Lunatic asylums in Bengal annual reports 1912-1924 - 1912-1924
Year: 1912
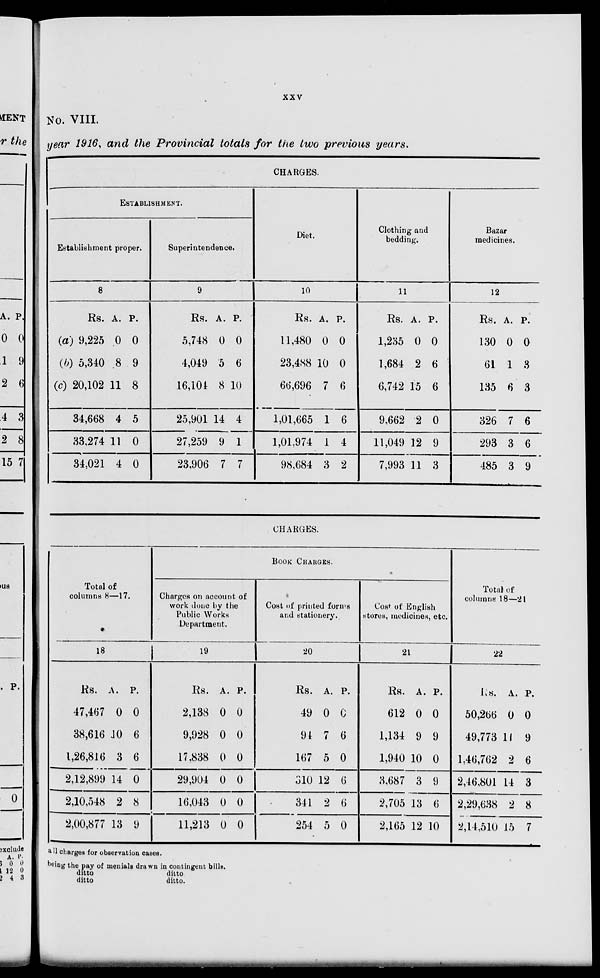
xxv
No. VIII.
year 1916, and the Provincial totals for the two previous years.
CHARGES.
ESTABLISHMENT.
Establishment proper.
8
Rs.
(a) 9,225
(b) 5,340
(c) 20,102
34,668
33,274
34,021
A.
0
8
11
4
11
4
P.
0
9
8
5
0
0
Superintendence.
9
Rs.
5,748
4,049
16,104
25,901
27,259
23,906
A.
0
5
8
14
9
7
P.
0
6
10
4
1
7
Diet.
10
Rs.
11,480
23,488
66,696
1,01,665
1,01,974
98,684
A.
0
10
7
1
1
3
P.
0
0
6
6
4
2
Clothing and
bedding.
11
Rs.
1,235
1,684
6,742
9,662
11,049
7,993
A.
0
2
15
2
12
11
P.
0
6
6
0
9
3
Bazar
medicines.
12
Rs.
130
61
135
326
293
485
A.
0
1
6
7
3
3
P.
0
3
3
6
6
9
CHARGES.
Total of
columns 8—17.
18
Rs.
47,467
38,616
1,26,816
2,12,899
2,10,548
2,00,877
A.
0
10
3
14
2
13
P.
0
6
6
0
8
9
BOOK CHARGES.
Charges on account of
work done by the
Public Works
Department.
19
Rs.
2,138
9,928
17.838
29,904
16,043
11,213
A.
0
0
0
0
0
0
P.
0
0
0
0
0
0
Cost of printed forms
and stationery.
20
Rs.
49
94
167
310
341
254
A.
0
7
5
12
2
5
P.
0
6
0
6
6
0
Cost of English
stores, medicines, etc.
21
Rs.
612
1,134
1,940
3,687
2,705
2,165
A.
0
9
10
3
13
12
P.
0
9
0
9
6
10
Total of
columns 18—21
22
Rs.
50,266
49,773
1,46,762
2,46,801
2,29,638
2,14,510
A.
0
11
2
14
2
15
P.
0
9
6
3
8
7
all charges for observation cases.
being the pay of menials drawn in contingent bills.
ditto
ditto
ditto
ditto.